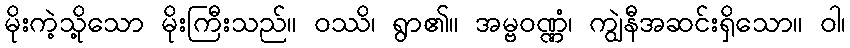
မိုးကဲ့သို့သော မိုးကြီးသည်။ ဝဿိ၊ ရွာ၏။ အမ္ဗဝဏ္ဏံ၊ ကျွဲနီအဆင်းရှိသော။ ဝါ၊